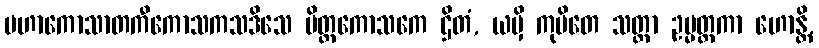
မဟာကောသာတကီကောသကသဒိသေ ပိတ္တကောသကေ ဌိတံ, ယမှိ ကုပိတေ သတ္တာ ဥမ္မတ္တကာ ဟောန္တိ,